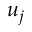
u _ { j }